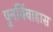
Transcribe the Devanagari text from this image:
पुनर्विवाहास